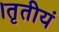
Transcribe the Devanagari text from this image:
।तृतीयं